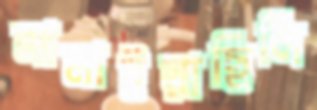
নামাইয়াছিলি